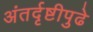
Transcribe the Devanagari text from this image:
अंतर्दृष्टीपुढे